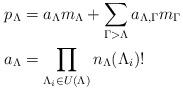
LaTeX: \begin{align*}p_{\Lambda} &= a_{\Lambda}m_\Lambda + \sum_{\Gamma > \Lambda} a_{\Lambda,\Gamma}m_{\Gamma} \\ a_\Lambda &= \prod_{\Lambda_i \in U(\Lambda)} n_\Lambda(\Lambda_i)!\end{align*}